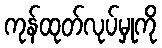
ကုန်ထုတ်လုပ်မှုကို